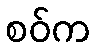
စဝ်က